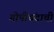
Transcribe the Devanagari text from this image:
गोपीचंदाची